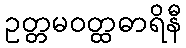
ဥတ္တမဝတ္ထဓာရိနီ